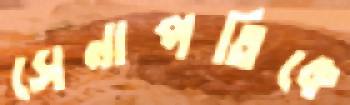
সেনাপতিকে